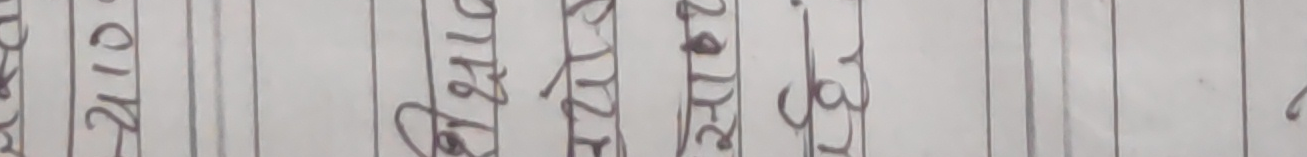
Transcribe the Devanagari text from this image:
२४० गुलाब साग जाडो